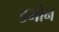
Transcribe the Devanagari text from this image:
डमोन